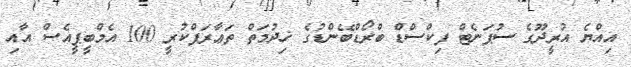
އިއްޔެ އުރީދޫގެ ސުޕަނެޓް ފިކްސްޑް ބްރޯޑްބޭންޑުގެ ޚިދުމަތް ތަޢާރަފްކުރީ 100 އެމްބީޕީއެސް އާއި